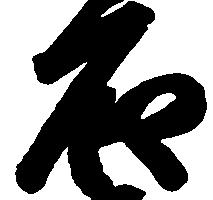
石